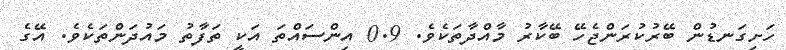
ހަށިގަނޑުން ބޭރުކުރަންޖެހޭ ބޭކާރު މާއްދާތަކެވެ. 0.9 އިންސައްތަ އަކީ ތަފާތު މައުދަންތަކެވެ. އޭގެ